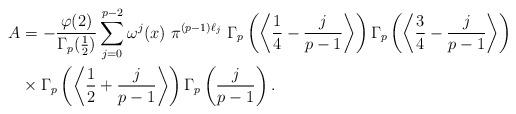
LaTeX: \begin{align*}A&=-\frac{\varphi(2)}{\Gamma_p(\frac{1}{2})}\sum_{j=0}^{p-2}\omega^j(x)~\pi^{(p-1)\ell_j}~\Gamma_p\left(\left\langle\frac{1}{4}-\frac{j}{p-1}\right\rangle\right)\Gamma_p\left(\left\langle\frac{3}{4}-\frac{j}{p-1}\right\rangle\right)\\&\times\Gamma_p\left(\left\langle\frac{1}{2}+\frac{j}{p-1}\right\rangle\right)\Gamma_p\left(\frac{j}{p-1}\right).\end{align*}